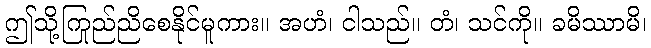
ဤသို့ကြည်ညိုစေနိုင်မူကား။ အဟံ၊ ငါသည်။ တံ၊ သင်ကို။ ခမိဿာမိ၊